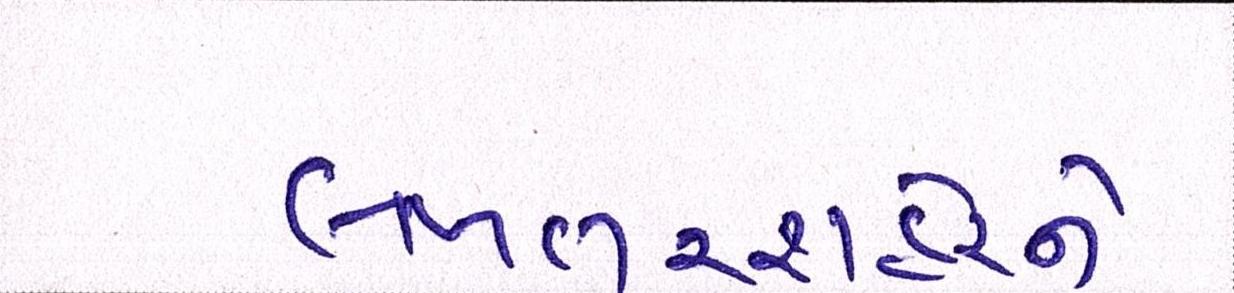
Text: લખતરશહેરને